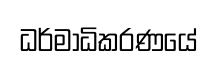
ධර්මාධිකරණයේ